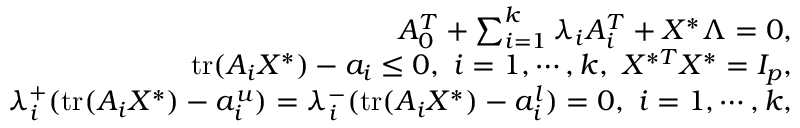
\begin{array} { r l r } & { } & { A _ { 0 } ^ { T } + \sum _ { i = 1 } ^ { k } \lambda _ { i } A _ { i } ^ { T } + X ^ { * } \Lambda = 0 , } \\ & { } & { \mathrm { t r } ( A _ { i } X ^ { * } ) - a _ { i } \le 0 , \ i = 1 , \cdots , k , \ X ^ { * T } X ^ { * } = I _ { p } , } \\ & { } & { \lambda _ { i } ^ { + } ( \mathrm { t r } ( A _ { i } X ^ { * } ) - a _ { i } ^ { u } ) = \lambda _ { i } ^ { - } ( \mathrm { t r } ( A _ { i } X ^ { * } ) - a _ { i } ^ { l } ) = 0 , \ i = 1 , \cdots , k , } \end{array}